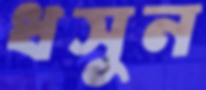
ধসুন